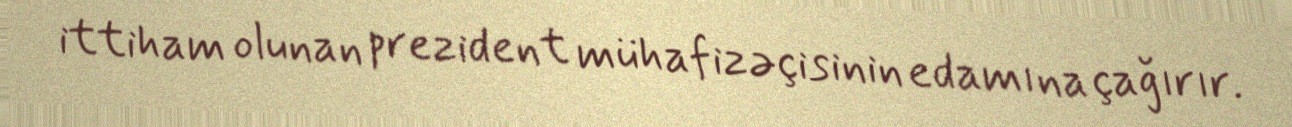
ittiham olunan prezident mühafizəçisinin edamına çağırır.